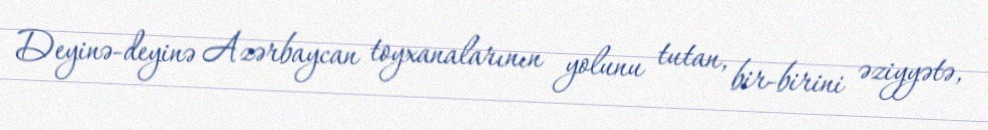
Deyinə-deyinə Azərbaycan toyxanalarının yolunu tutan, bir-birini əziyyətə,